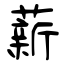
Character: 薪